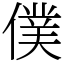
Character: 僕